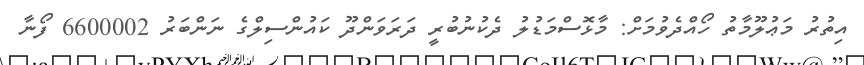
އިތުރު މަޢުލޫމާތު ހޯއްދެވުމަށް: މާޅޮސްމަޑުލު ދެކުނުބުރީ ދަރަވަންދޫ ކައުންސިލްގެ ނަންބަރު 6600002 ފޯނާ